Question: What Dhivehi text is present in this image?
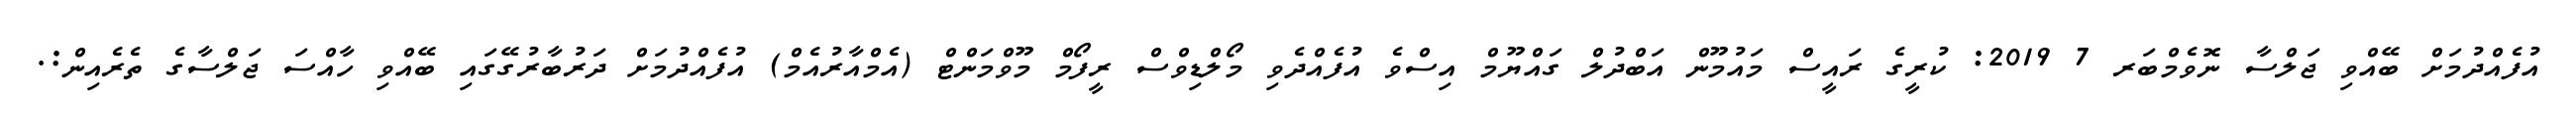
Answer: އުފެއްދުމަށް ބޭއްވި ޖަލްސާ ނޮވެމްބަރ 7 2019: ކުރީގެ ރައީސް މައުމޫން އަބްދުލް ގައްޔޫމް އިސްވެ އުފެއްދެވި މޯލްޑިވްސް ރީފޯމް މޫވްމަންޓް (އެމްއާރުއެމް) އުފެއްދުމަށް ދަރުބާރުގޭގައި ބޭއްވި ހާއްސަ ޖަލްސާގެ ތެރެއިން:.